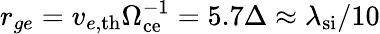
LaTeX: r_{ge}=v_{e,\mathrm{{th}}}\Omega_{\mathrm{ce}}^{-1}=5.7\Delta\approx\lambda_{\mathrm{si}}/10